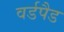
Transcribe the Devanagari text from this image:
वर्डपैड